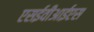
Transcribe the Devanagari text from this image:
एसईवीआईएस